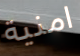
امنية